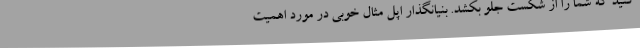
کنید که شما را از شکست جلو بکشد. بنیانگذار اپل مثال خوبی در مورد اهمیت